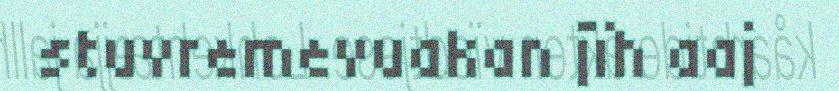
stuvremevuakan jïh aaj